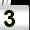
Digit: 3